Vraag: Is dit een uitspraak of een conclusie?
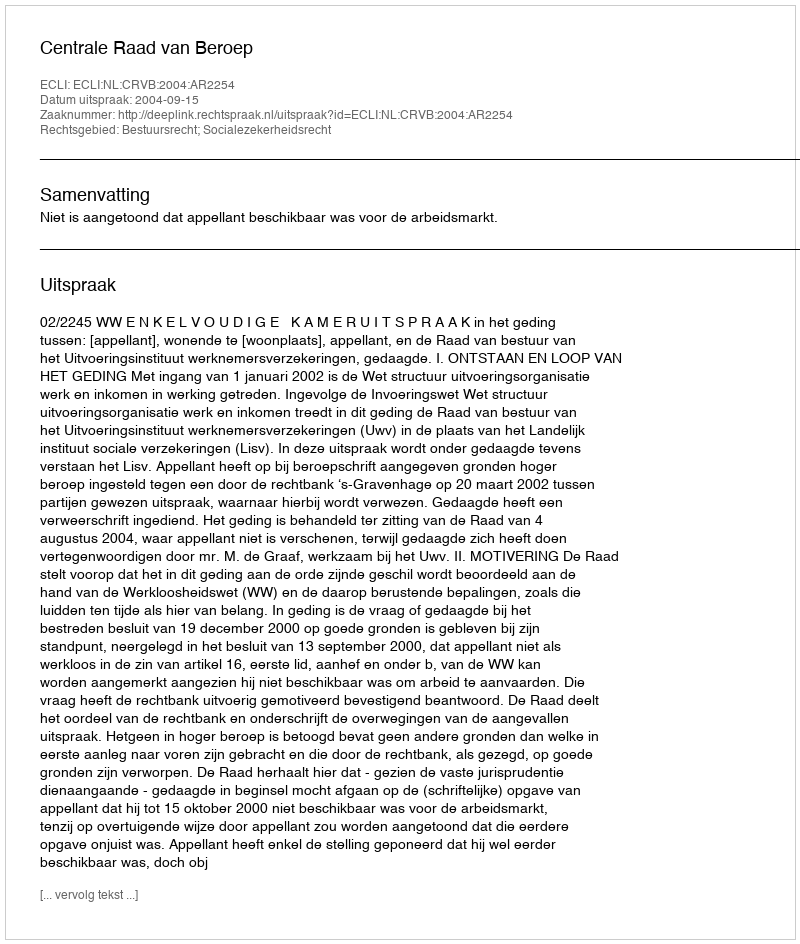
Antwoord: Uitspraak